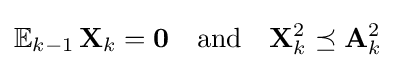
\mathbb {E} _{k-1}\,\mathbf {X} _{k}=\mathbf {0} \quad {\text{and}}\quad \mathbf {X} _{k}^{2}\preceq \mathbf {A} _{k}^{2}